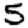
Digit: 5